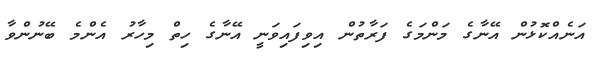
އަނެއްކޮޅުން އޭނާގެ މަންމަގެ ފަރާތުން އިވިފައިވަނީ އޭނާގެ ހިތް މިހާރު އެންމެ ބޭނުންވާ